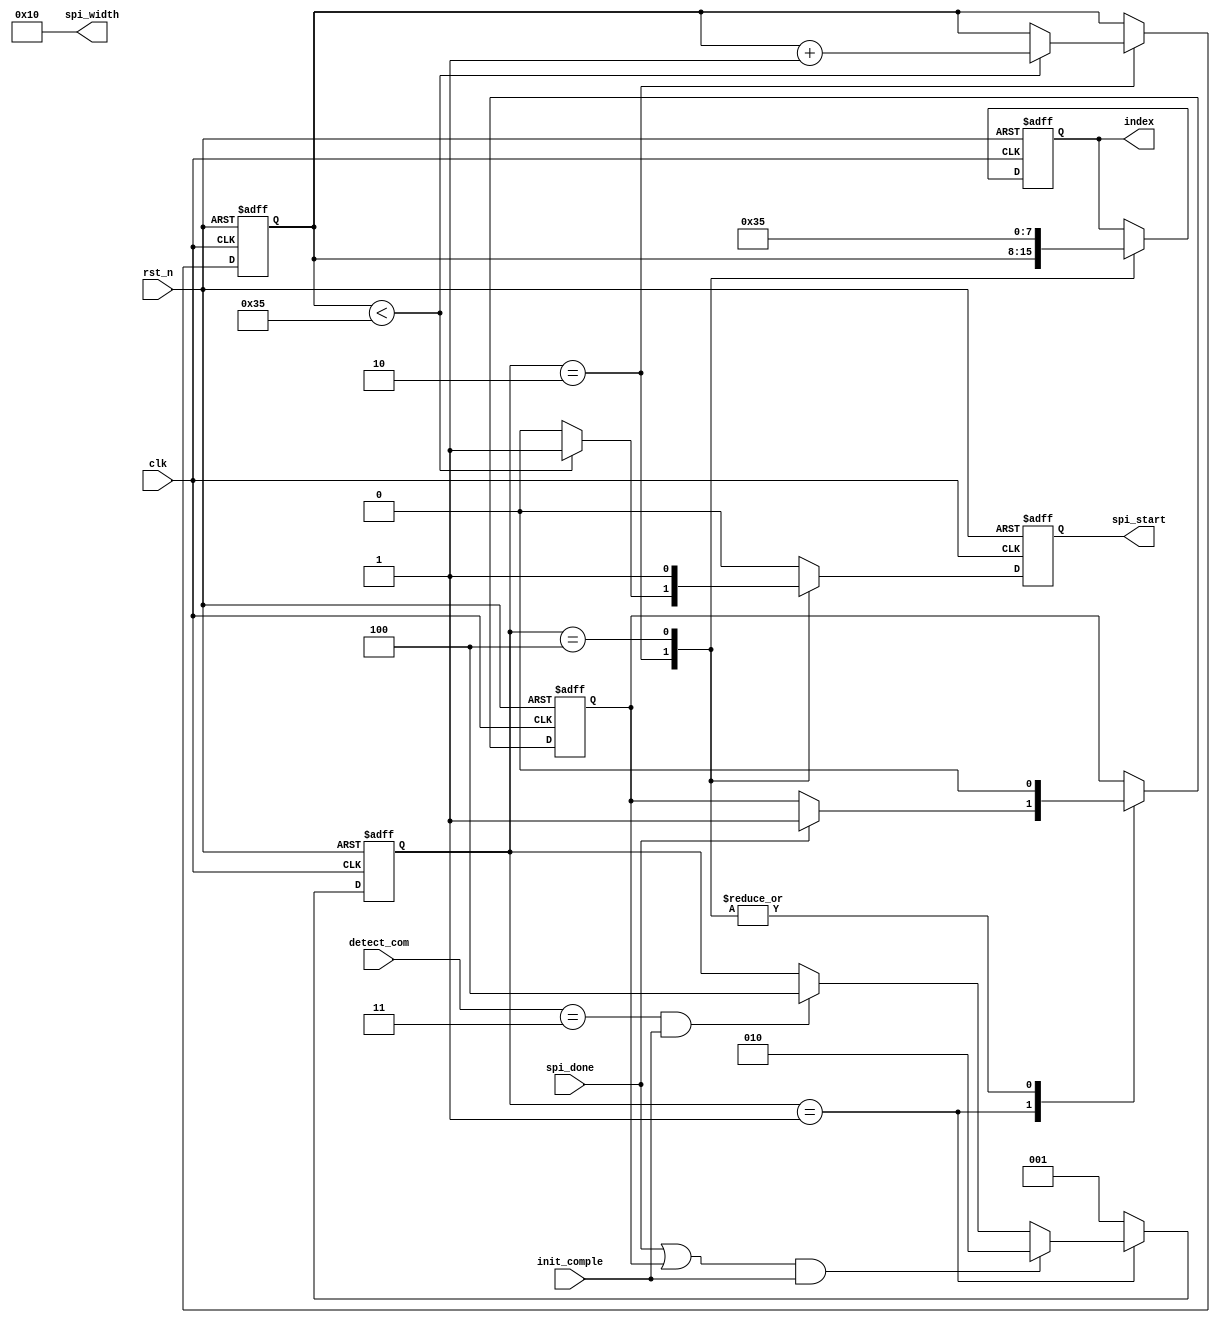
// This is a simple example.
// You can make a your own header file and set its path to settings.
// (Preferences > Package Settings > Verilog Gadget > Settings - User)
//
//		"header": "Packages/Verilog Gadget/template/verilog_header.v"
//
// -----------------------------------------------------------------------------
// Copyright (c) 2014-2023 All rights reserved
// -----------------------------------------------------------------------------
// Create : 2023-10-28 10:19:07
// Revise : 2023-10-28 10:19:07
// Editor : sublime text4, tab size (4)
// Descri : FPGAADS42LB69cnt53(index == 52)
// -----------------------------------------------------------------------------
module Fsm_Module 
#(
	parameter cnt_max = 8'd52,
	parameter spi_width_value = 8'd16
)
(
	input clk,
	input rst_n,
	input spi_done,
	input [1:0] detect_com,		//IDELAYADS42
	input init_comple,

	output reg spi_start,
	// output [1:0] spi_cmd,
	output [7:0] spi_width,
	output reg [7:0] index
);

	reg [7:0] cnt;	//

	//
	parameter IDLE = 3'b001;
	parameter WRITE = 3'b010;
	parameter NORMAL = 3'b100;

	reg [2:0] state;

	reg spi_done_latch;


	always @(posedge clk or negedge rst_n) begin
    	if(~rst_n) begin
    		spi_done_latch <= 1'd1;
    	end else begin
    		case(state)
    			IDLE : spi_done_latch <= (spi_done == 1'd1) ? spi_done : spi_done_latch;
    			WRITE : spi_done_latch <= 1'd0;
    			NORMAL : spi_done_latch <= 1'd0;
    			default : spi_done_latch <= spi_done_latch;
    		endcase
    	end
    end

	/*state transition logic*/
	always @(posedge clk or negedge rst_n) begin
		if(~rst_n) begin
			state <= IDLE;
		end else begin
			case(state)
				IDLE : state <= ((spi_done || spi_done_latch) && init_comple) ? WRITE : (detect_com == 2'b11 && init_comple) ? NORMAL : state;
				WRITE : state <= IDLE;
				NORMAL : state <= IDLE;
				default : state <= IDLE;
			endcase
		end
	end

	/*temp cnt*/
	always @(posedge clk or negedge rst_n) begin
		if(~rst_n) begin
			cnt <= 8'd0;
		end else begin
			case(state)
				IDLE : cnt <= cnt;
				WRITE : cnt <= (cnt < cnt_max + 8'd1) ? cnt + 8'd1 : cnt;
				default : cnt <= cnt;
			endcase
		end
	end

	/*output spi_start*/
	always @(posedge clk or negedge rst_n) begin
		if(~rst_n) begin
			spi_start <= 1'd0;
		end else begin
			case(state)
				IDLE : spi_start <= 1'd0;
				WRITE : spi_start <= (cnt < cnt_max + 8'd1) ?  1'd1 : 1'd0;
				NORMAL : spi_start <= 1'd1;
				default : spi_start <= 1'd0;
			endcase
		end
	end

	// assign spi_cmd = 2'b00;

	assign spi_width = spi_width_value;

	/*output index*/
	always @(posedge clk or negedge rst_n) begin
		if(~rst_n) begin
			index <= 8'd0;
		end else begin
			case(state)
				IDLE : index <= index;
				WRITE : index <= cnt;
				NORMAL : index <= cnt_max + 8'd1;
				default : index <= index;
			endcase
		end
	end

endmodule